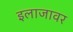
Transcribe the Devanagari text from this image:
इलाजावर